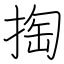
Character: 掏